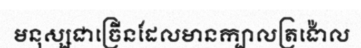
មនុស្សជាច្រើនដែលមានក្បាលត្រង៉ោល